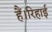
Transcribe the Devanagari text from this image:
हैं।रिहाई